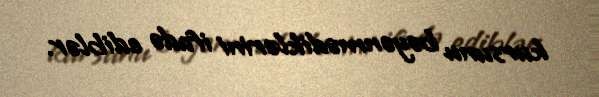
kursunu bəyənmədiklərini ifadə ediblər.